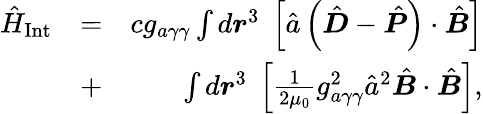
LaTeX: \begin{array}{rlr}{\hat{H}_{\mathrm{Int}}}&{=}&{cg_{a\gamma\gamma}\int d\boldsymbol r^{3}\; \left[\hat{a}\left(\hat{\boldsymbol D}-\hat{\boldsymbol P}\right)\cdot\hat{\boldsymbol B}\right]}\\ &{+}&{\int d\boldsymbol r^{3}\; \left[\frac{1}{2\mu_{0}}g_{a\gamma\gamma}^{2}\hat{a}^{2}\hat{\boldsymbol B}\cdot\hat{\boldsymbol B}\right],}\end{array}